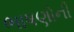
ભાષણોની